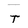
Character: t